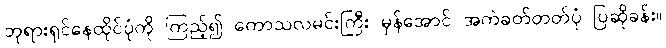
ဘုရားရှင်နေထိုင်ပုံကို ကြည့်၍ ကောသလမင်းကြီး မှန်အောင် အကဲခတ်တတ်ပုံ ပြဆိုခန်း။